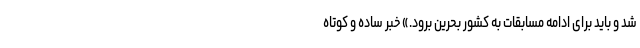
شد و باید برای ادامه مسابقات به کشور بحرین برود.» خبر ساده و کوتاه